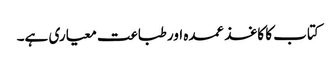
کتاب کا کاغذ عمدہ اور طباعت معیاری ہے۔